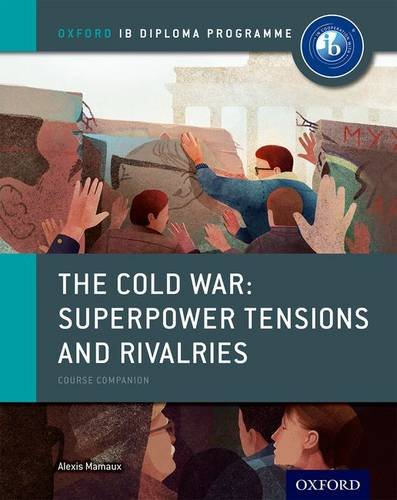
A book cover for The Cold War - Tensions and Rivalries: IB History Course Book: Oxford IB Diploma Program; Alexis Mamaux; Teen & Young Adult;